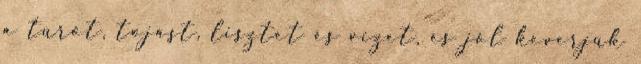
a túrót, tojást, lisztet és vizet, és jól keverjük